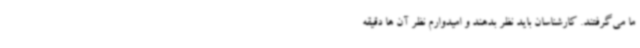
ما می‌گرفتند. کارشناسان باید نظر بدهند و امیدوارم نظر آن ها دقیقه